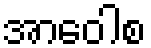
အာဝေါစ